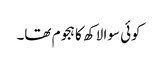
کوئی سوا لاکھ کا ہجوم تھا۔